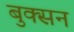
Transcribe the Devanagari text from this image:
बुक्सन